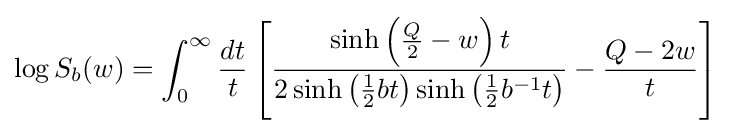
\log S_{b}(w)=\int _{0}^{\infty }{\frac {dt}{t}}\left[{\frac {\sinh \left({\frac {Q}{2}}-w\right)t}{2\sinh \left({\frac {1}{2}}bt\right)\sinh \left({\frac {1}{2}}b^{-1}t\right)}}-{\frac {Q-2w}{t}}\right]\